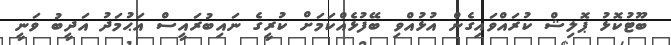
ބޫޓުކޮޅު ޕޮލިޝް ކުރައްވައިގެން އުޅުއްވި ބޭފުޅެއްކަމަށް ކުރީގެ ނައިބުރައީސް އަޙުމަދު އަދީބު ވަނީ